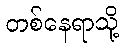
တစ်နေရာသို့